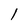
Character: 1